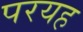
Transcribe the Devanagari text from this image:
परयह